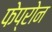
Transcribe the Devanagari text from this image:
फेप्रोन